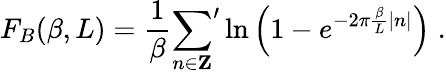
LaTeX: F_{B}(\beta,L)=\frac{1}{\beta}{\sum_{n\in{\mathbf Z}}}^{\prime}\ln{\left(1-e^{-2\pi\frac{\beta}{L}|n|}\right)}\; .